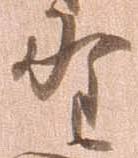
野